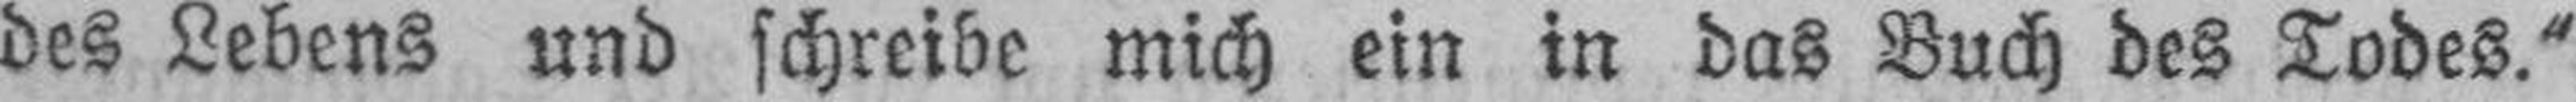
des Lebens und schreibe mich ein in das Buch des Todes.“